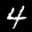
Digit: 4